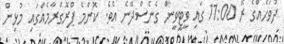
ދުވަހެއްގެ ރޭ 11:00 ގައި ވީޓީވީން ގެނެސްދޭނެ އެވެ. ކޮންމެ ޕްރޮގްރާމެއްގައި މުޅިން